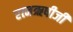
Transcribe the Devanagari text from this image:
रत्नऋषीजी